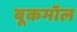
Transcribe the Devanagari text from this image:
बूकमॉल